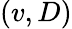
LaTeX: (v,D)